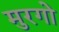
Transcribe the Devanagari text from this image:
मुरगो